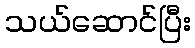
သယ်ဆောင်ပြီး